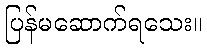
ပြန်မဆောက်ရသေး။